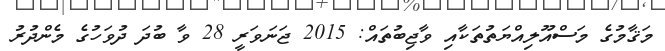
މަޤާމުގެ މަސްއޫލިއްޔަތުތަކާއި ވާޖިބުތައް: 2015 ޖަނަވަރީ 28 ވާ ބުދަ ދުވަހުގެ މެންދުރު